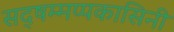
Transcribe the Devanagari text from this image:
सद्षम्मप्पकासिनी